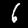
Label: 6